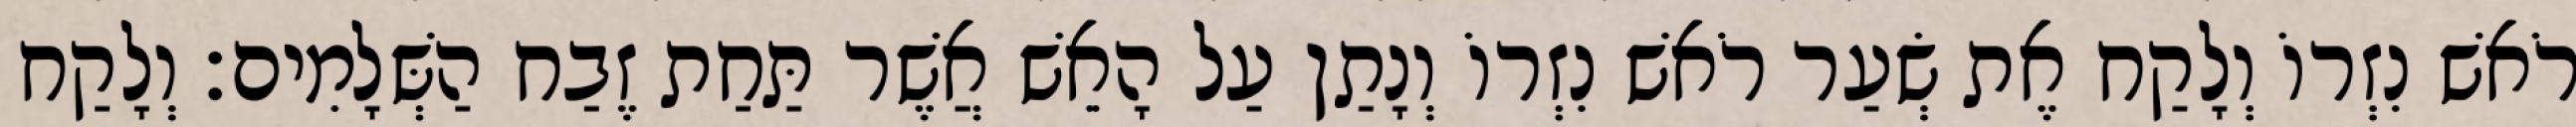
רֹאשׁ נִזְרוֹ וְלָקַח אֶת שְׂעַר רֹאשׁ נִזְרוֹ וְנָתַן עַל הָאֵשׁ אֲשֶׁר תַּחַת זֶבַח הַשְּׁלָמִים׃ וְלָקַח